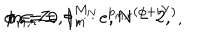
\phi _ { m , r } = \phi _ { m } ^ { M _ { N } } e ^ { p _ { m , r } ( \phi + i Y ) } , \hspace { 3 m m } m = 0 , 1 , \cdots , N - 2 , \hspace { 2 m m } r \in { \bf Z } .